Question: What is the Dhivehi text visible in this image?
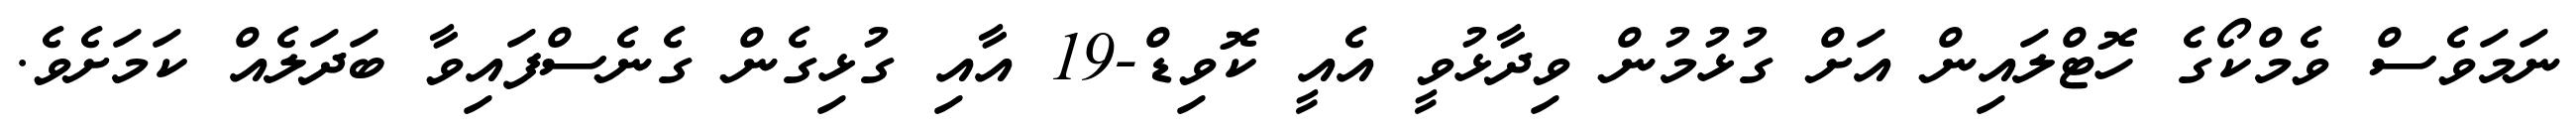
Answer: ނަމަވެސް ވެމްކޯގެ ހޮޓްލައިން އަށް ގުޅުމުން ވިދާޅުވީ އެއީ ކޮވިޑް-19 އާއި ގުޅިގެން ގެނެސްފައިވާ ބަދަލެއް ކަމަށެވެ.